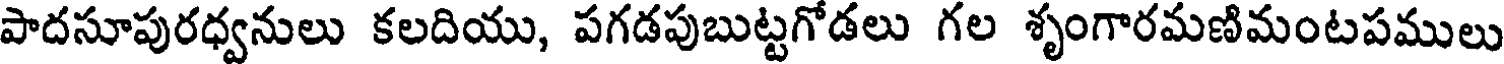
పాదసూపురధ్వనులు కలదియు, పగడపుబుట్టగోడలు గల శృంగారమణిమంటపములు